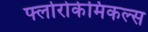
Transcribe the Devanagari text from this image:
फ्लोरोकेमिकल्स